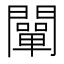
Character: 闡